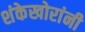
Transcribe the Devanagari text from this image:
शंकेखोरांनी